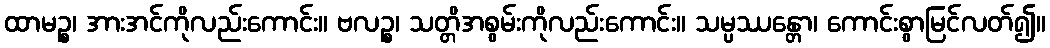
ထာမဉ္စ၊ အားအင်ကိုလည်းကောင်း။ ဗလဉ္စ၊ သတ္တိအစွမ်းကိုလည်းကောင်း။ သမ္ပဿန္တော၊ ကောင်းစွာမြင်လတ်၍။